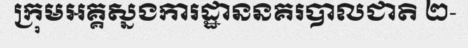
ក្រុមអគ្គស្នងការដ្ឋាននគរបាលជាតិ ២-